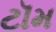
ટૉમ